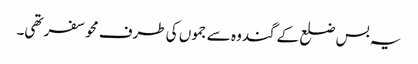
یہ بس ضلع کے گندوہ سے جموں کی طرف محو سفر تھی۔